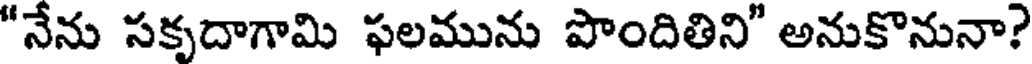
"నేను సకృదాగామి ఫలమును పొందితిని" అనుకొనునా?